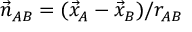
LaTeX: { \vec { n } } _ { A B } = ( { \vec { x } } _ { A } - { \vec { x } } _ { B } ) / r _ { A B }